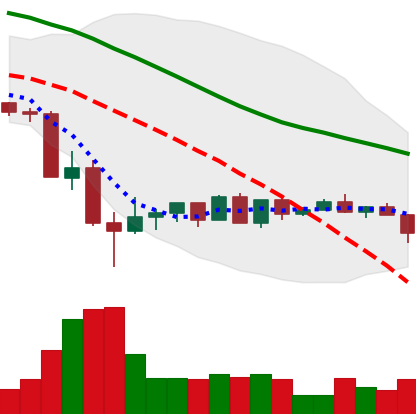
Ticker: LTC-USD
Chart end date: 2022-05-26
Forward return: 7.181%
Label: up_7plus